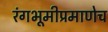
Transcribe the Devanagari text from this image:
रंगभूमीप्रमाणेच